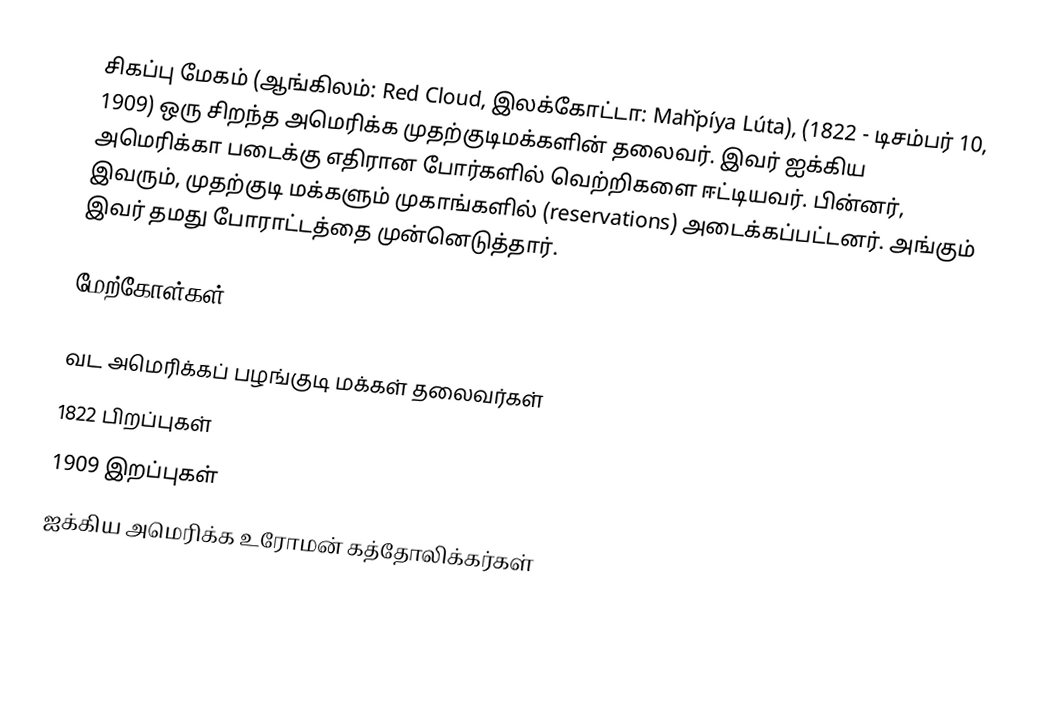
சிகப்பு மேகம் (ஆங்கிலம்: Red Cloud, இலக்கோட்டா: Maȟpíya Lúta), (1822 - டிசம்பர் 10, 1909) ஒரு சிறந்த அமெரிக்க முதற்குடிமக்களின் தலைவர். இவர் ஐக்கிய அமெரிக்கா படைக்கு எதிரான போர்களில் வெற்றிகளை ஈட்டியவர். பின்னர், இவரும், முதற்குடி மக்களும் முகாங்களில் (reservations) அடைக்கப்பட்டனர். அங்கும் இவர் தமது போராட்டத்தை முன்னெடுத்தார்.

மேற்கோள்கள்

வட அமெரிக்கப் பழங்குடி மக்கள் தலைவர்கள்
1822 பிறப்புகள்
1909 இறப்புகள்
ஐக்கிய அமெரிக்க உரோமன் கத்தோலிக்கர்கள்